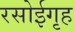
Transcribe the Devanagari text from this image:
रसोईगृह